Palivere_vallavalitsus, lk 13
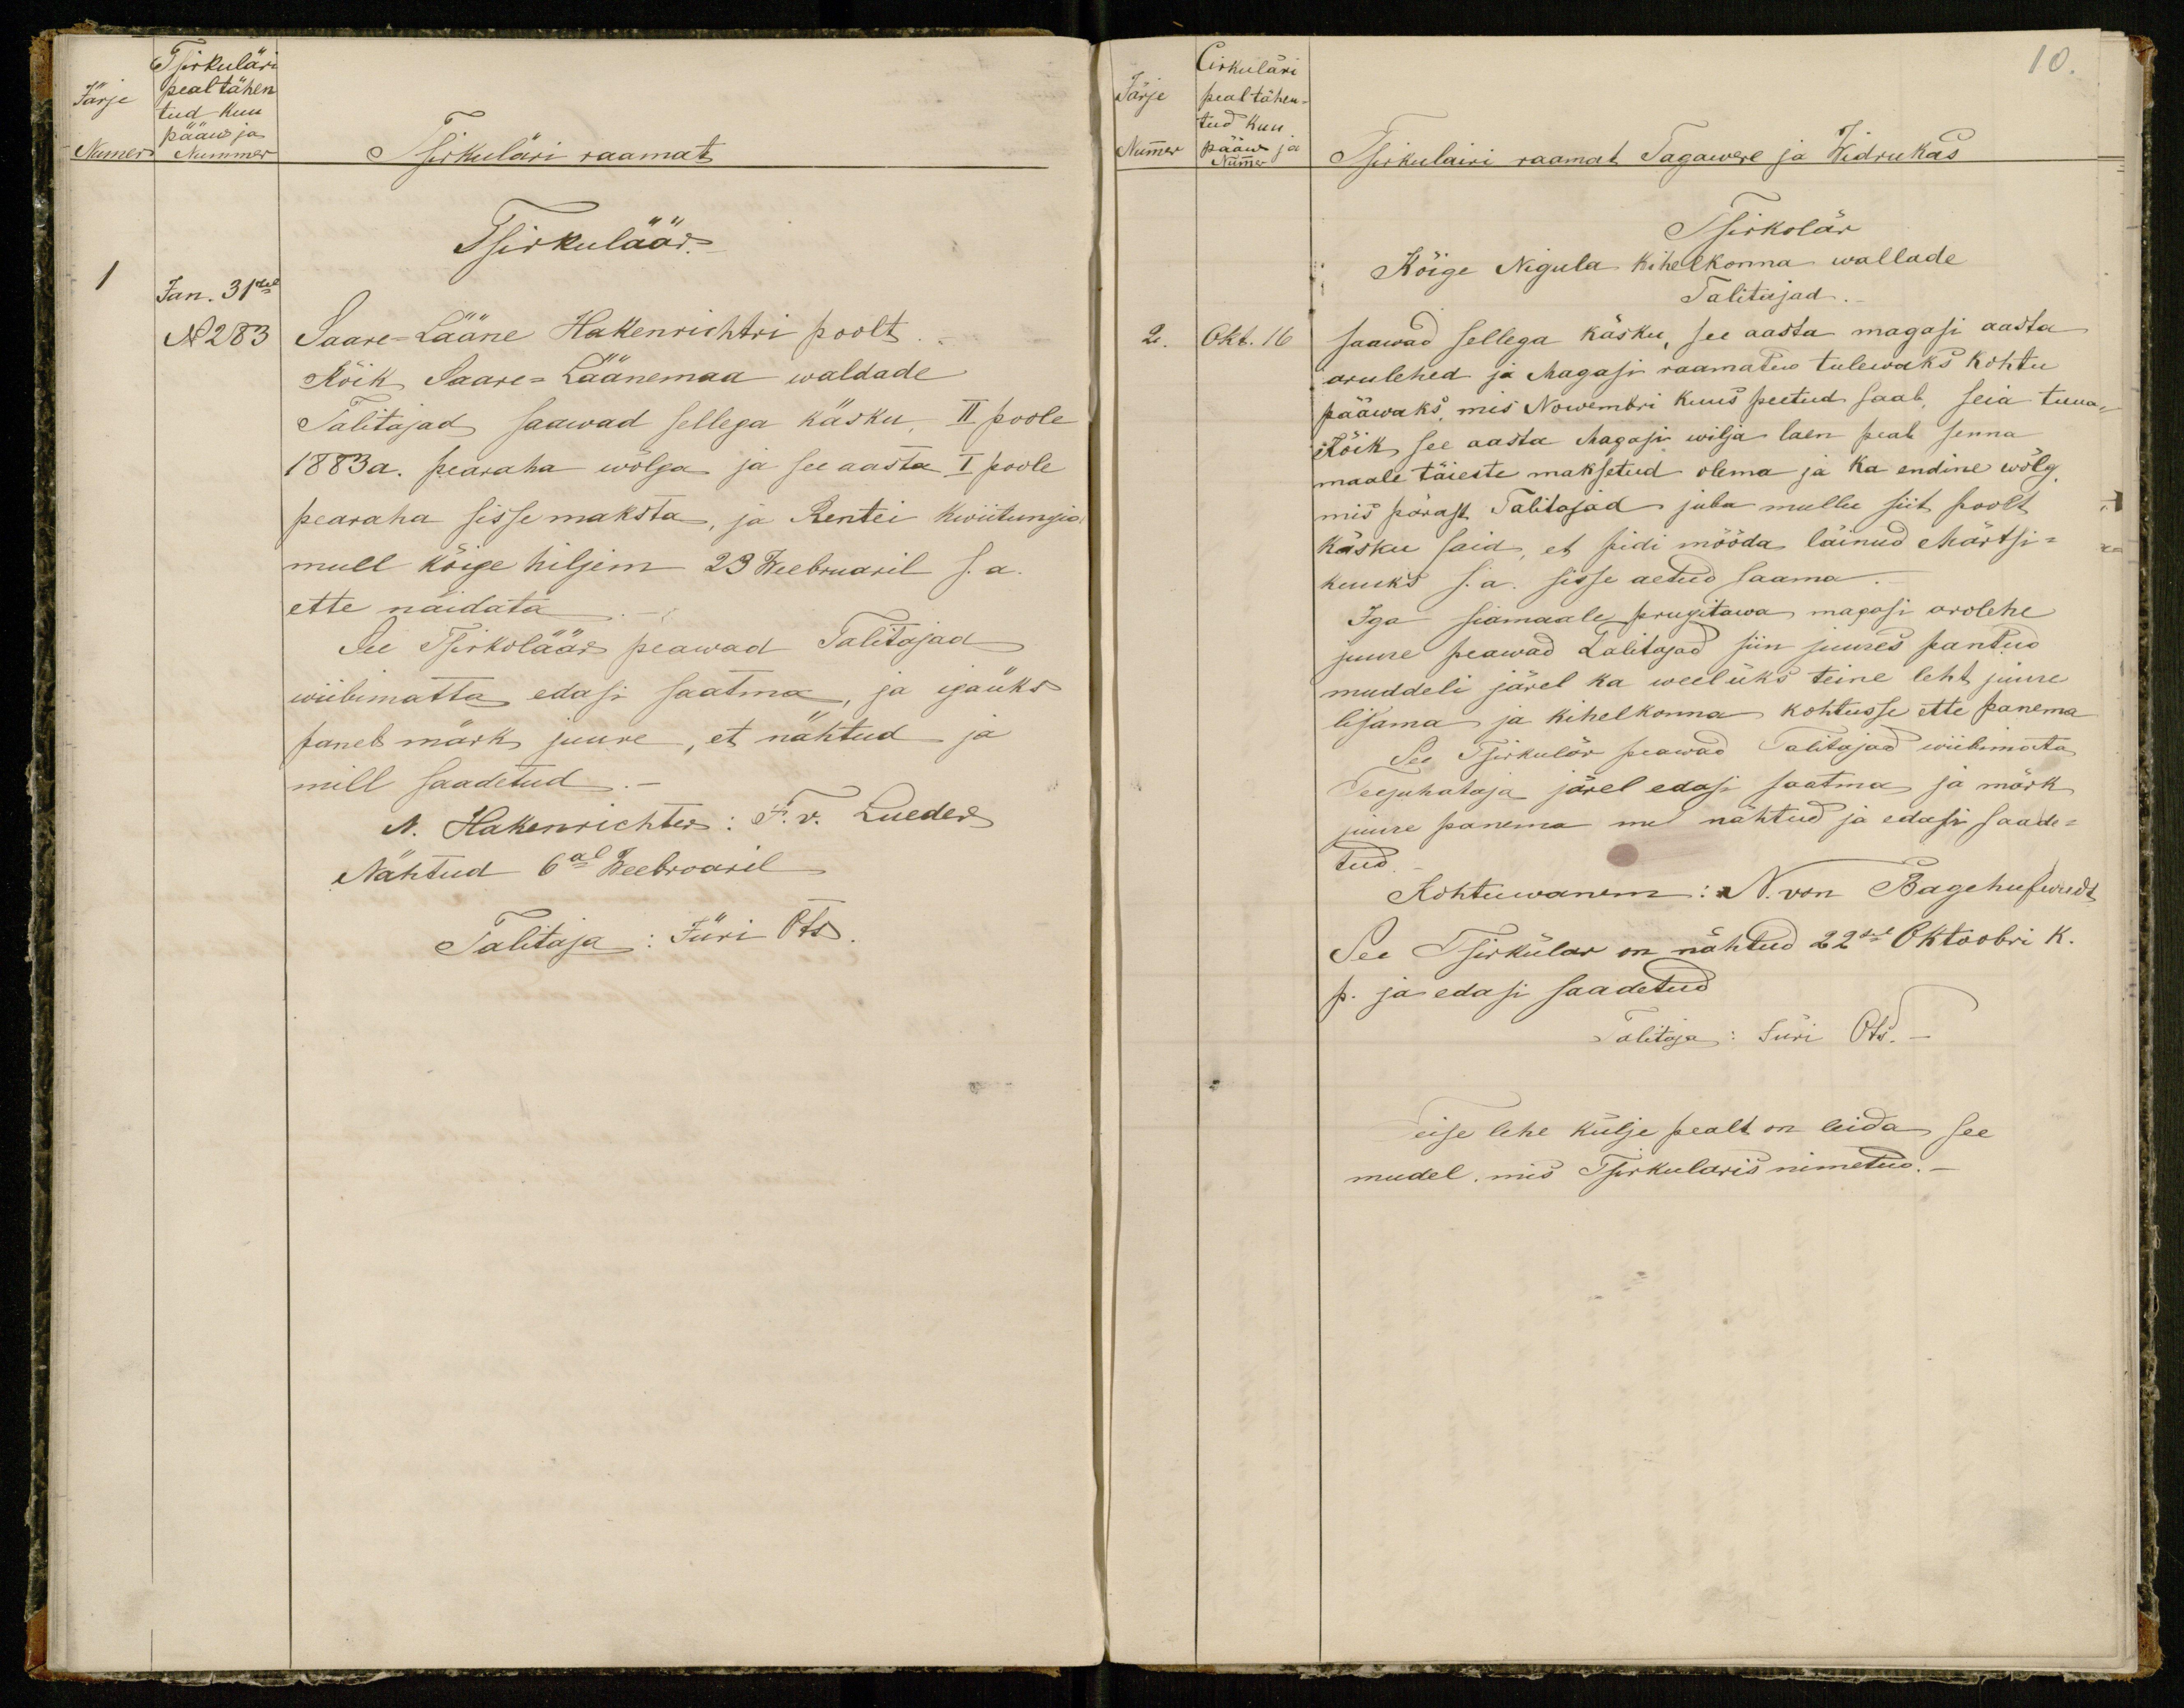
Tsirkuläri
Järje
peal tähen
tud kuu
pääw ja
Numer Nummer
Sirkuläri raamat
Tsirkuläär.
Jan. 31sel.
N283
Saare-Lääne Hakenrishtri poolt.
Kõik Saare-Läänemaa waldade
Talitajad saawad sellega käsku II poole
1883 a. pearaha wõlga ja see aasta I poole
pearaha sisse maksta, ja Rentei kwiitungid
mull kõige hiljem 23 Weebruaril s. a.
ette näidata.
See Tsirkuläär peawad Talitajad
wiibimatta edasi saatma, ja igaüks
paneb märk juure, et nähtud ja
mill saadetud.
N. Hakenrichter: F. v. Lueder
Nähtud 6al Weebruaril
Talitaja: Jüri Ots.

Cirkuläri
10.
Järje peal tähen-
tud kuu
Nummer
Nummer
pääw ja
Tsirikulairi raamat Tagawere ja Widrukas
Tsirkolär
Kõige Nigula kihelkonna wallade
Talitajad
2. Okt. 16
Saawad sellega käsku, see aasta magasi aasta
arulehed ja Magasi raamatus tulewaks kohtu
pääwaks, mis Nowembri kuus peetud saab, seia tuua,
Kõik see aasta Magasi wilja laen peab senna
maale täieste maksetud olema ja ka endine wõlg
mis pärast Talitajad juba mullu siit poolt
käsku said, et pidi mööda läinud Märtsi-
kuuks s.a. sisse aetud saama.
Iga siamaale prugitawa magasi arolehe
juure peawad Talitajad siin juures pantud
muddeli järel ka weel üks teine leht juure
lisama ja kihelkonna kohtusse ette panema
See Tsirkulär peawad Talitajad wiibimata
Teejuhataja järel edasi saatma ja märk
juure panema me nähtud ja edasi saade-
tud.
Kohtuwanem: N. von Bagehufwudt
See Tsirkular on nähtud 22sel Oktoobri k.
p. ja edasi saadetud
Talitaja: Jüri Ots.-
Teise lehe külje pealt on leida see
mudel, mis Tsirkularis nimetud.-